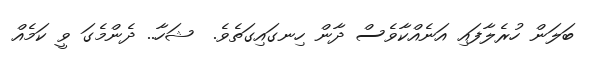
ބަލަން ހުރެލާފައި އަނެއްކާވެސް ދާން ހިނގައިގަތެވެ.  ޝަހާ.. ދެންމެގަ ވީ ކަމެއް